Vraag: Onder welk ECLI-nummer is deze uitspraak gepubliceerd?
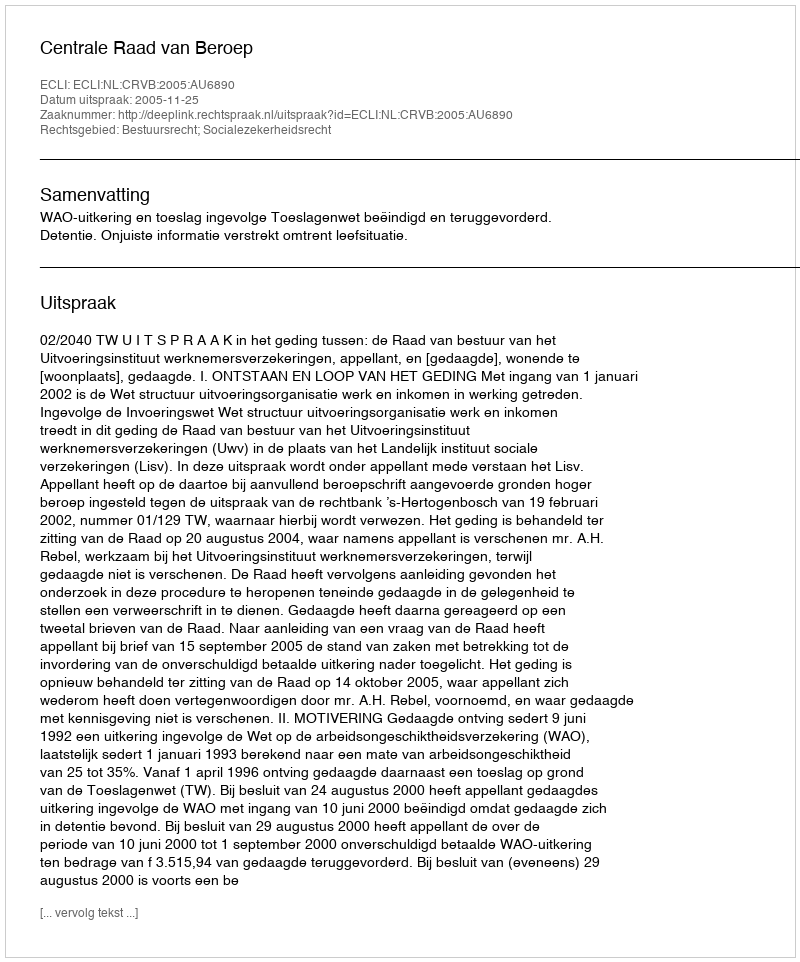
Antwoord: ECLI:NL:CRVB:2005:AU6890